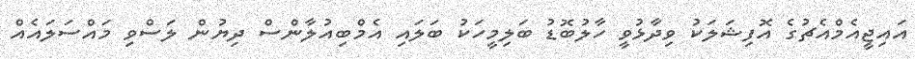
އައިޖީއެމްއެޗުގެ އޮފިޝަލަކު ވިދާޅުވީ ހާލުބޮޑު ބަލިމީހަކު ބަލައި އެމްބިއުލާންސް ދިޔުން ލަސްވި މައްސަލައެއް